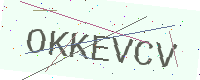
Text: OKKEVCV